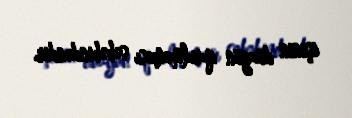
işinin düzgün qurulmaması səbəbindəndir.